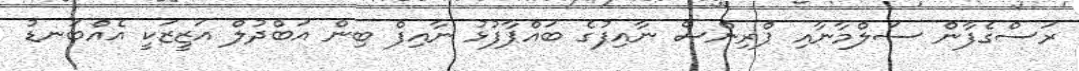
ރަސްގެފާން ސަލްމާނާއި ޕްރިންސް ނާއިފުގެ ބައްޕާފުޅު ނާއިފް ބިން އަބްދުލް އަޒީޒަކީ އެއްބަނޑު